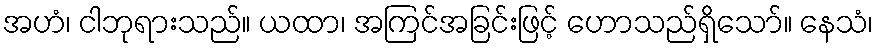
အဟံ၊ ငါဘုရားသည်။ ယထာ၊ အကြင်အခြင်းဖြင့် ဟောသည်ရှိသော်။ နေသံ၊